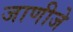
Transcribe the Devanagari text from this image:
जाणीजे